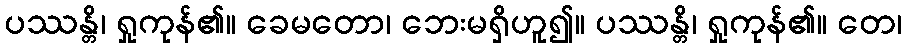
ပဿန္တိ၊ ရှုကုန်၏။ ခေမတော၊ ဘေးမရှိဟူ၍။ ပဿန္တိ၊ ရှုကုန်၏။ တေ၊